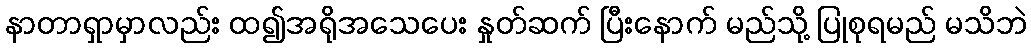
နာတာရှာမှာလည်း ထ၍အရိုအသေပေး နှုတ်ဆက် ပြီးနောက် မည်သို့ ပြုစုရမည် မသိဘဲ